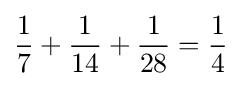
{\frac {1}{7}}+{\frac {1}{14}}+{\frac {1}{28}}={\frac {1}{4}}